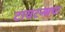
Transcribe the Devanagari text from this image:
टायटन्सचा